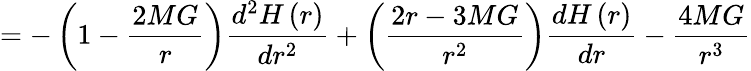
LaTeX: =-\left(1-\frac{2MG}{r}\right)\frac{d^{2}H\left(r\right)}{dr^{2}}+\left(\frac{2r-3MG}{r^{2}}\right)\frac{dH\left(r\right)}{dr}-\frac{4MG}{r^{3}}